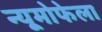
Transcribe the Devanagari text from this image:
न्यूमोफेला